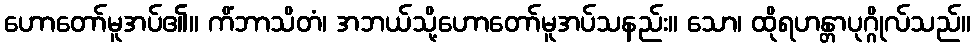
ဟောတော်မူအပ်၏။ ကိံဘာသိတံ၊ အဘယ်သို့ဟောတော်မူအပ်သနည်း။ သော၊ ထိုရဟန္တာပုဂ္ဂိုလ်သည်။